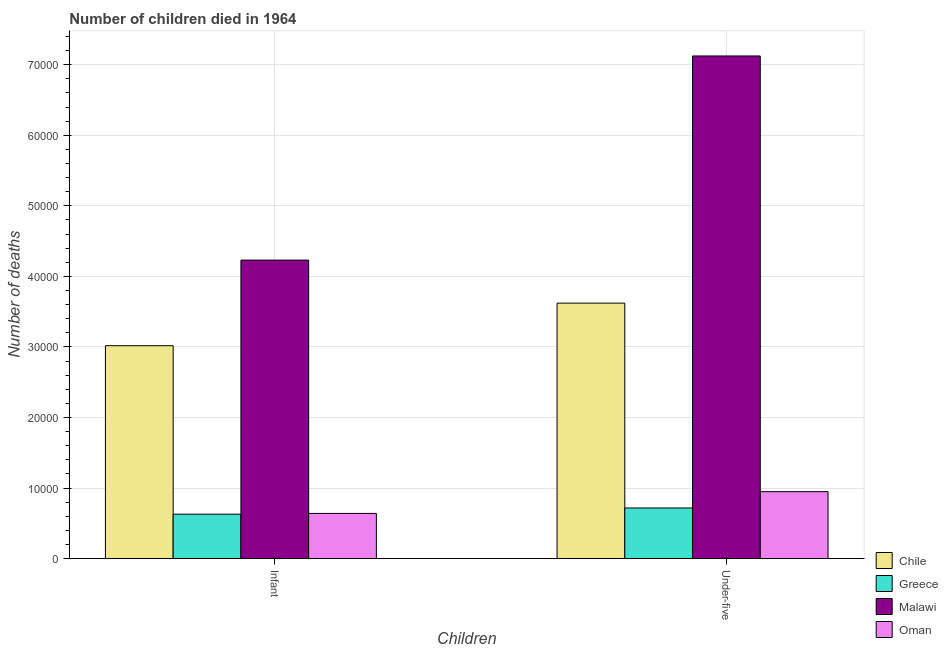
| Children | Chile | Greece | Malawi | Oman |
 | --- | --- | --- | --- | --- |
 | Infant | 3.02e+04 | 6.29e+03 | 4.23e+04 | 6.4e+03 |
 | Under-five | 3.62e+04 | 7.17e+03 | 7.12e+04 | 9.48e+03 |